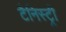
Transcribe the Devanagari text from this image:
टैनिस्ट्री